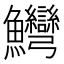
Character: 𱇋